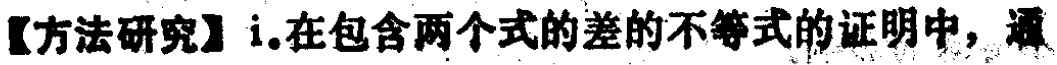
【方法研究】i.在包含两个式的差的不等式的证明中，通